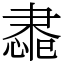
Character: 䏋